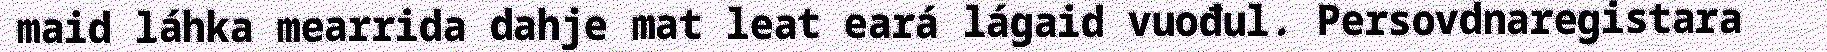
maid láhka mearrida dahje mat leat eará lágaid vuođul. Persovdnaregistara